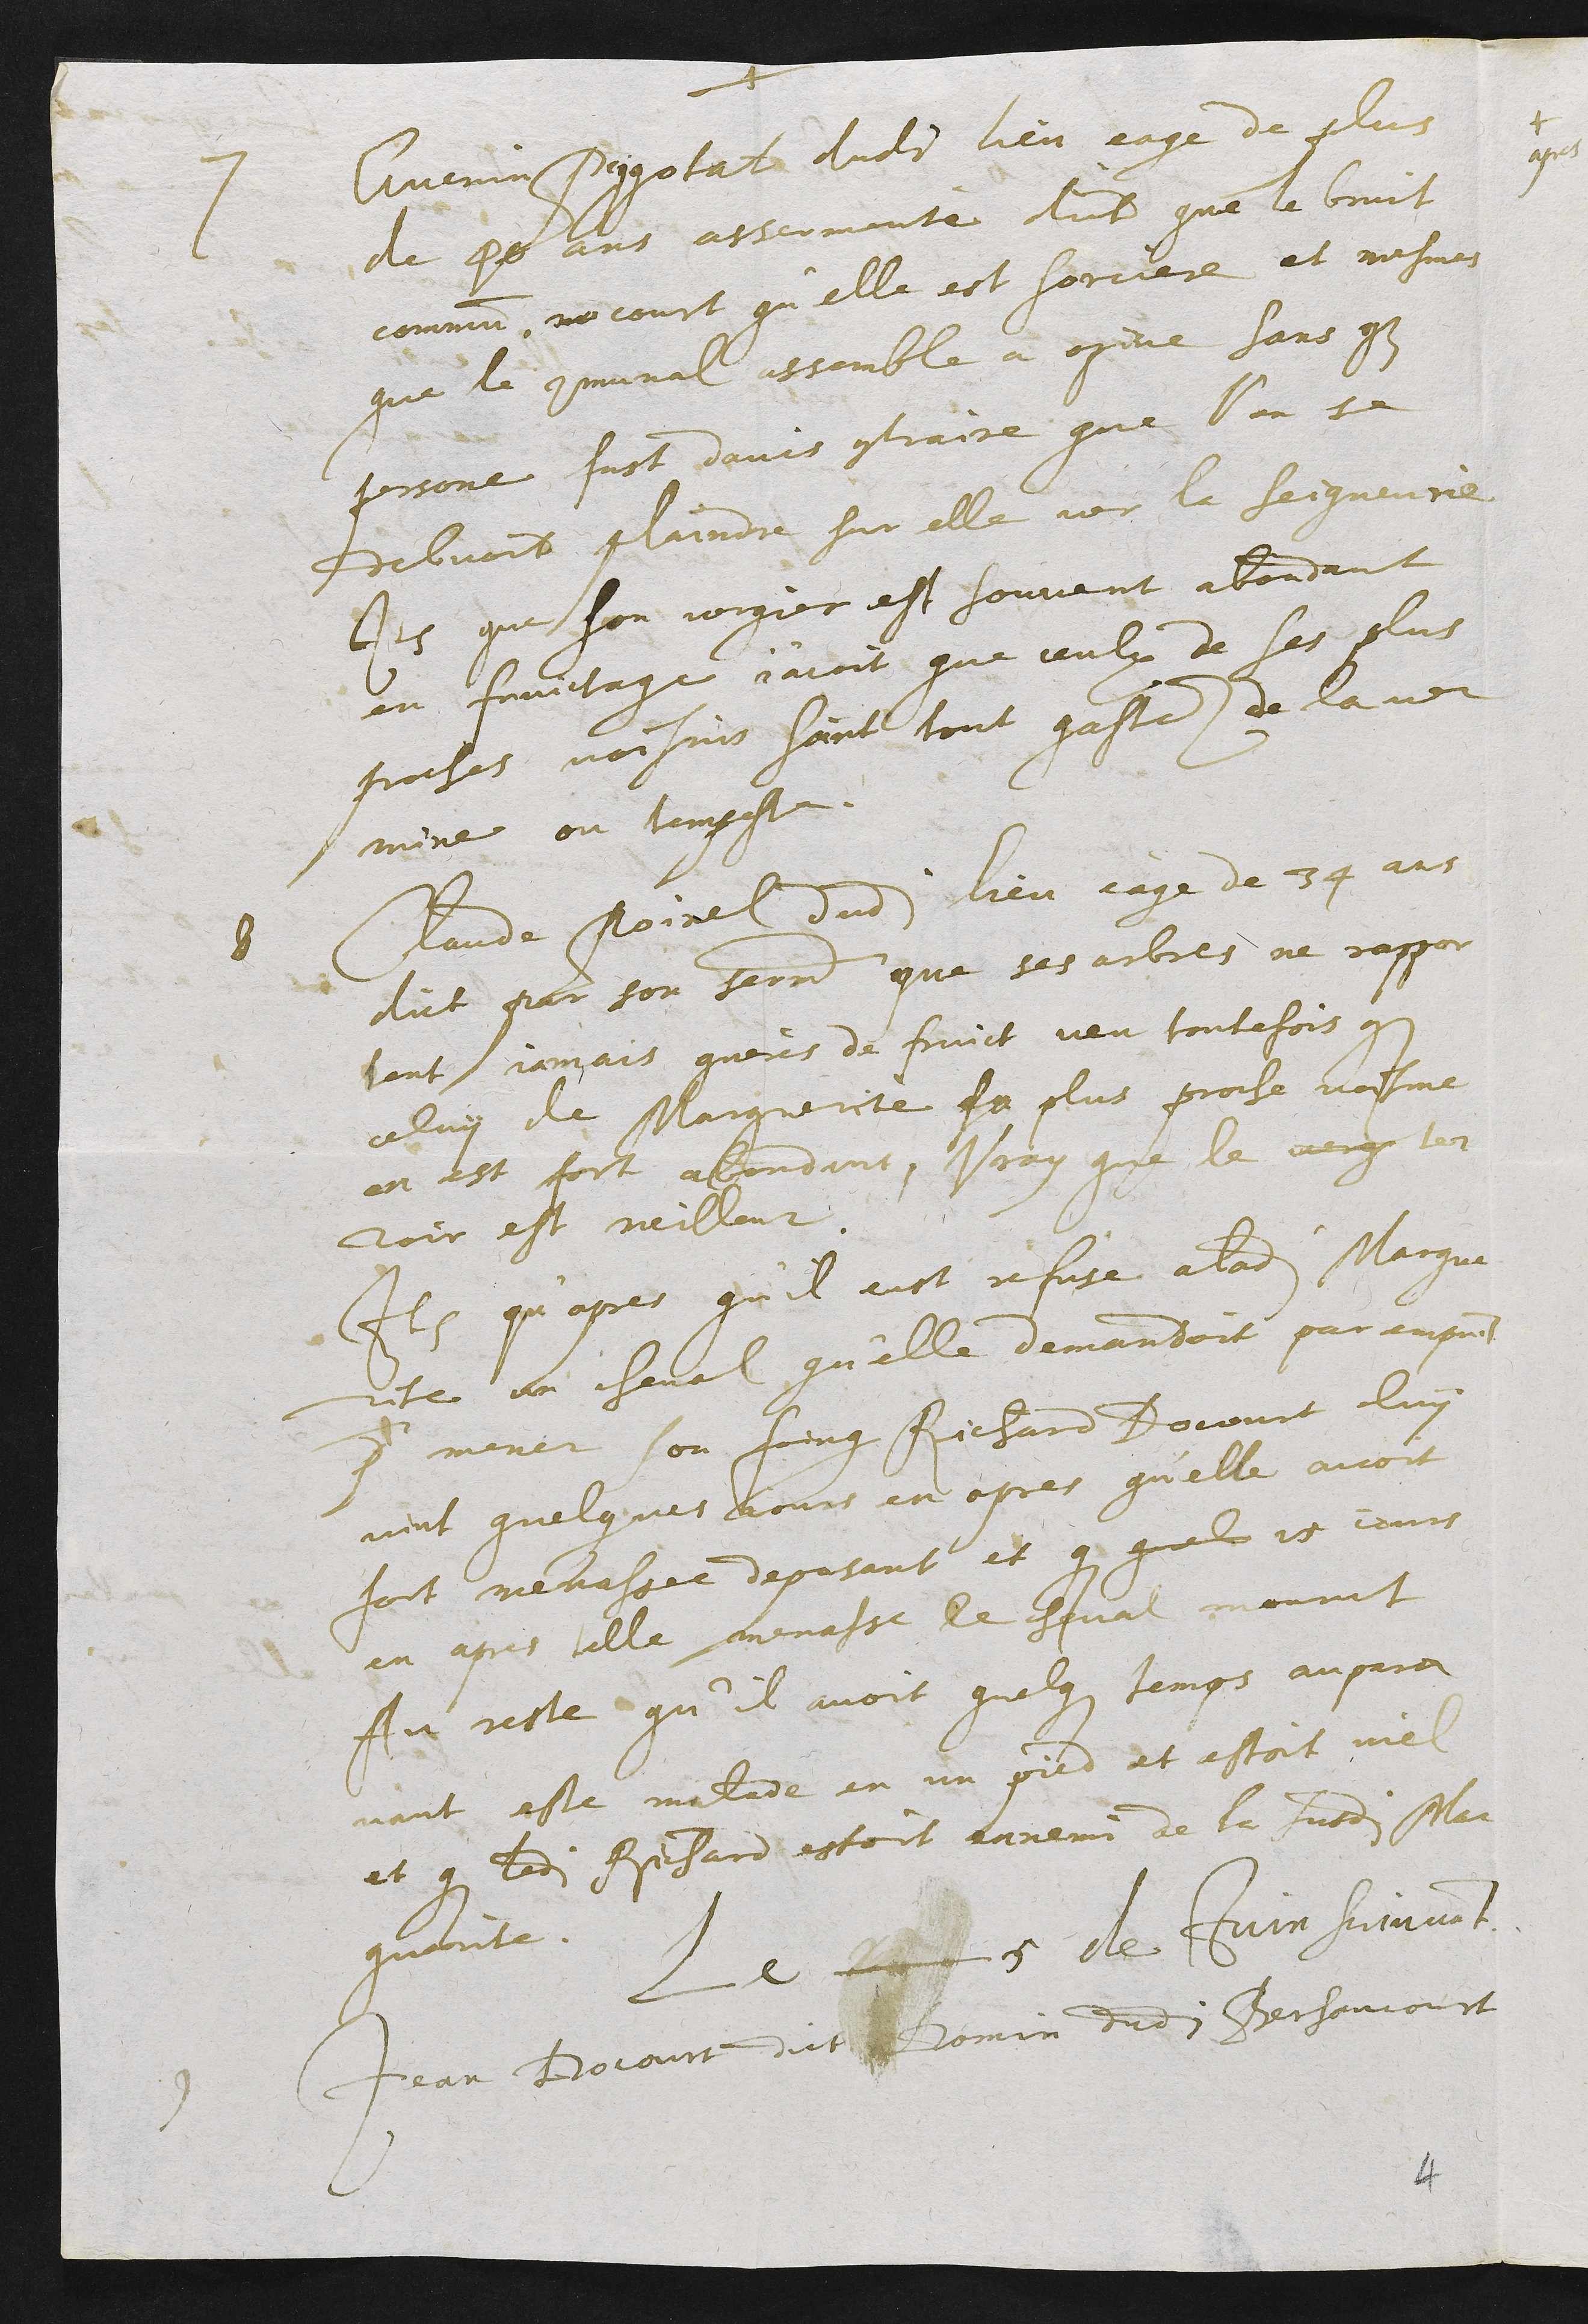
+
7 Guenin Piggotat dudit lieu eage de plus
de 40 ans assermente dict que le bruit
commun me court qu'elle est sorciere et mesmes
que le communal assemble a opine sans que
persone fust davis contraire que l'on se
debvoit plaindre sur elle ver la seigneurie
Item que son vergier est souvent abondant
en fruictage j'acoit que ceulx de ses plus
proches voisins soint tout gastez de la ver
mine ou tempeste.
8 Claude Poirel dudit lieu eage de 34 ans
dict par son serment que ses arbres ne rapport
tent jamais guères de fruict veu toutefois que
celuy de Marguerite sa plus proche voisine
en est fort abondant, Vray que le verg ter
roir est meilleur.
Item qu'apres qu'il eust refuse a ladite Margue
rite un cheval qu'elle demandoit par emprunt
pour mener son foing Richard Docourt luy
vint quelques jours en apres qu'elle avoit
fort menassee deposant et que quel 15 jours
en apres telle menasse le cheval mourut
Au reste qu'il avoit quelques temps aupara
vant este malade en un pied et estoit viel
et que ledit Richard estoit ennemi de la susdite Mar
guerite.
Le 2  5 de Juin suivant
9 Jean Docourt dict Domin dudit Bersaucourt
4